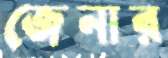
জেনার